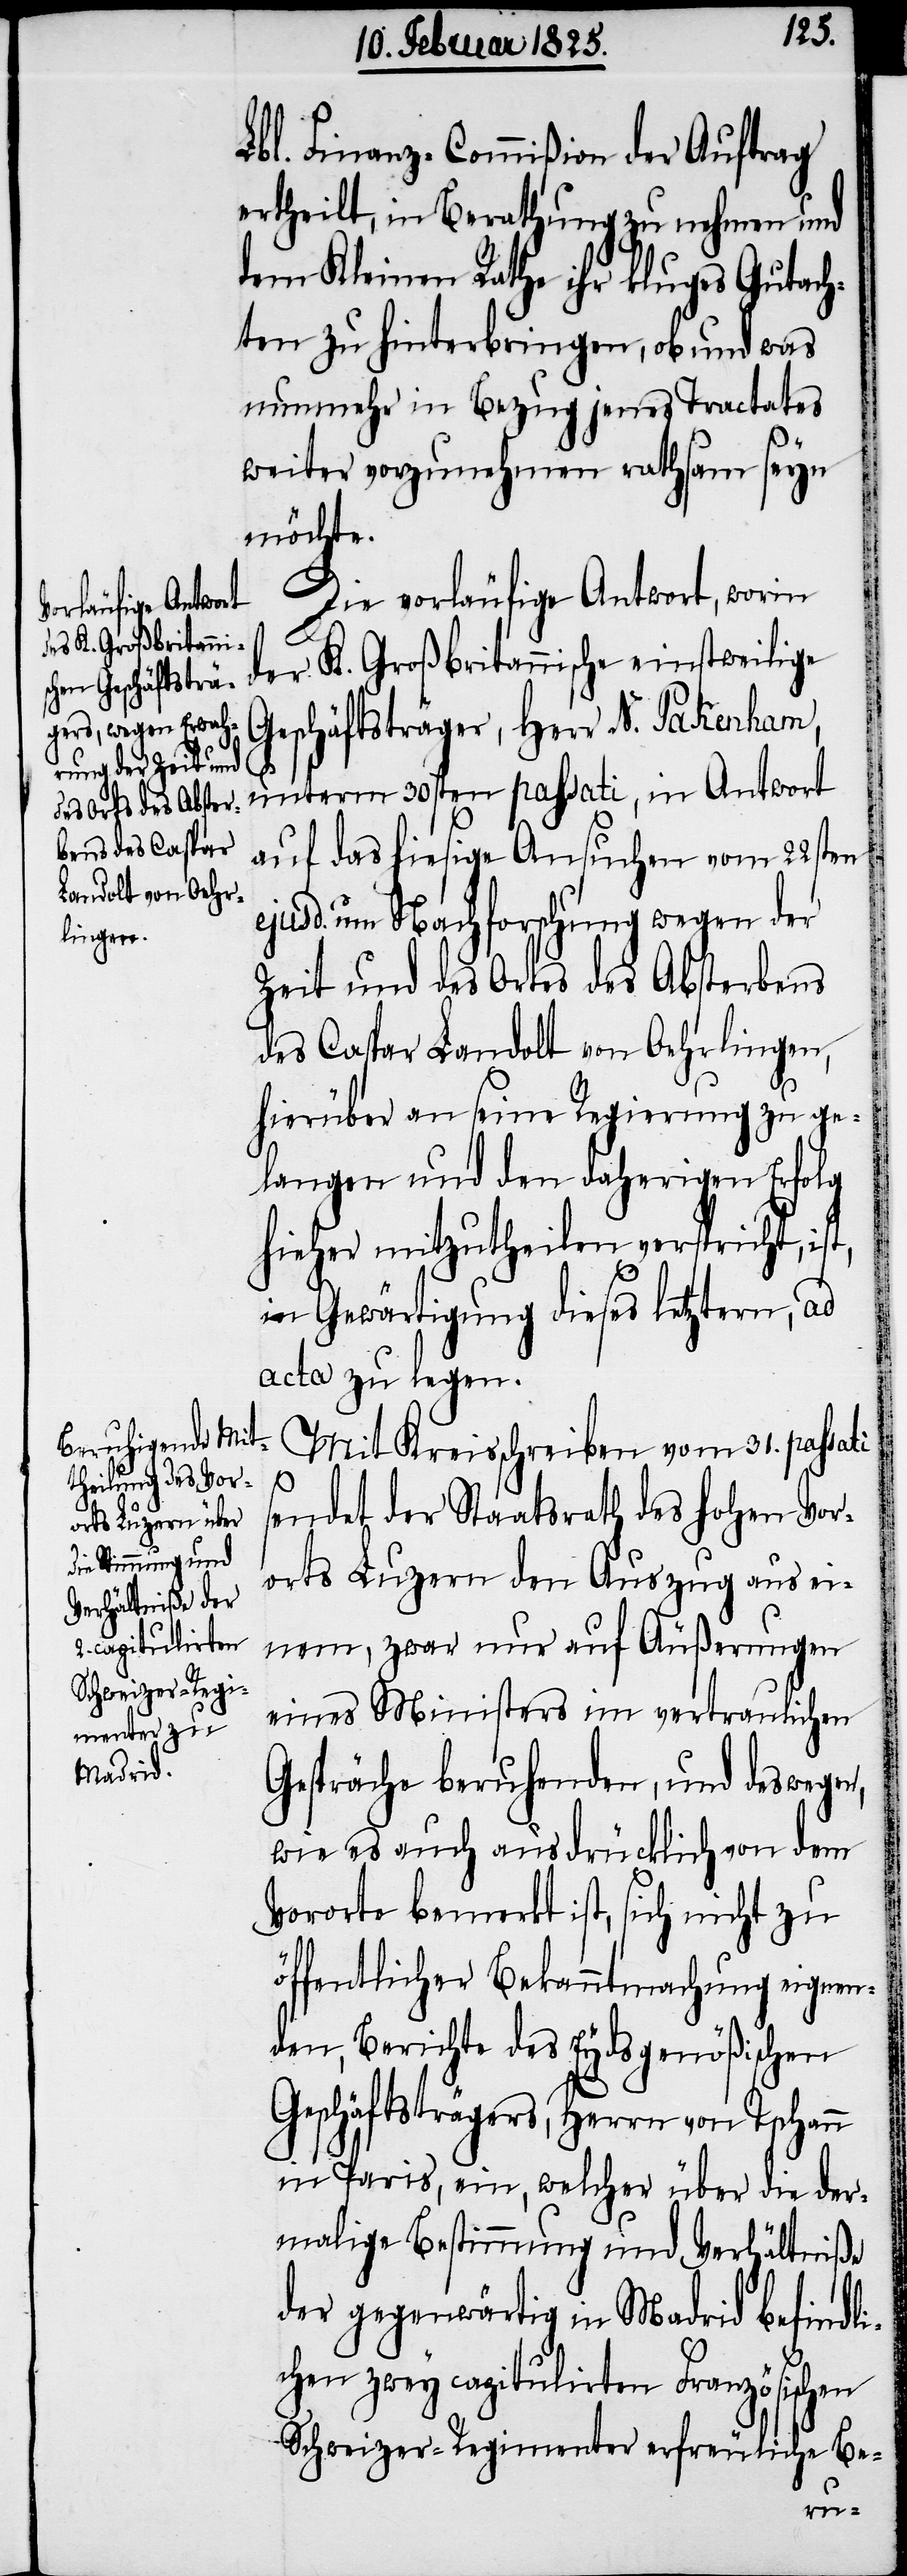
Lbl. Finanz-Commißion der Auftrag
ertheilt, in Berathung zu nehmen und
dem Kleinen Rathe ihr kluges Gutach¬
ten zu hinterbringen, ob und was
nunmehr in Bezug jenes Tractates
weiter vorzunehmen rathsam seyn
möchte.
Die vorläufige Antwort, worin
der K. Großbritannische einstweilige
Geschäftsträger, Herr N. Pakenham,
unterm 30sten passati, in Antwort
auf das hiesige Ansuchen vom 22sten
ejusd. um Nachforschung wegen der
Zeit und des Ortes des Absterbens
des Caspar Landolt von Oehrlingen,
hierüber an seine Regierung zu ge¬
langen und den daherigen Erfolg
hieher mitzutheilen verspricht, ist,
in Gewärtigung dieses letztern, ad
acta zu legen.
Mit Kreisschreiben vom 31. passati
sendet der Staatsrath des hohen Vor¬
orts Luzern den Auszug aus ei¬
nem, zwar nur auf Äußerungen
eines Ministers im vertraulichen
Gespräche beruhenden, und deswegen,
wie es auch ausdrücklich von dem
Vororte bemerkt ist, sich nicht zu
öffentlicher Bekanntmachung eignen¬
den, Berichte des Eydsgenößischen
Geschäftsträgers, Herrn von Tschann
in Paris, ein, welcher über die der¬
malige Bestimmung und Verhältniße
der gegenwärtig in Madrid befindl¬
ichen zwey capitulirten Französischen
Schweizer-Regimenter erfreuliche Be-